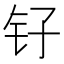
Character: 𫓦